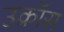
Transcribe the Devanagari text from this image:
उक्रॉस